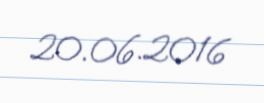
20.06.2016